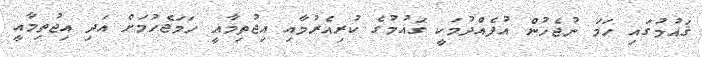
ޤައުމުގައި ހަމަ ނުޖެހުން އުފެއްދުމަކީ ގައުމުގެ ކުރިއެރުމާއި އިޖުތިމާއީ ހަމަޖެހުމަށް އަދި އިޖުތިމާއީ